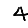
Digit: 4